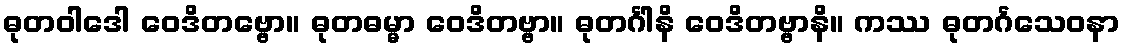
ဓုတဝါဒေါ ဝေဒိတဗ္ဗော။ ဓုတဓမ္မာ ဝေဒိတဗ္ဗာ။ ဓုတင်္ဂါနိ ဝေဒိတဗ္ဗာနိ။ ကဿ ဓုတင်္ဂသေဝနာ